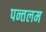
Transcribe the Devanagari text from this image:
पन्तलम